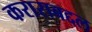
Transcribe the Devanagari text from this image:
कराराबद्दल